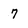
Character: 7